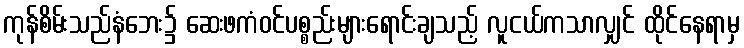
ကုန်စိမ်းသည်နံဘေး၌ ဆေးဖကံဝင်ပစ္စည်းများရောင်းချသည့် လူငယ်ကသာလျှင် ထိုင်နေရာမှ